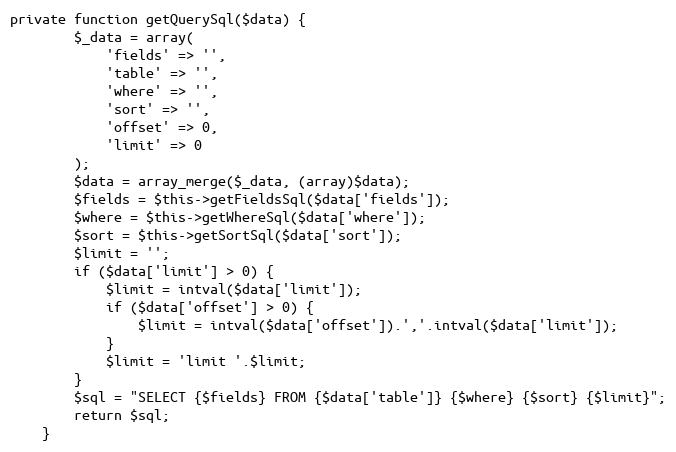
Language: PHP
private function getQuerySql($data) {
		$_data = array(
			'fields' => '',
			'table' => '',
			'where' => '',
			'sort' => '',
			'offset' => 0,
			'limit' => 0
		);
		$data = array_merge($_data, (array)$data);
		$fields = $this->getFieldsSql($data['fields']);
		$where = $this->getWhereSql($data['where']);
		$sort = $this->getSortSql($data['sort']);
		$limit = '';
		if ($data['limit'] > 0) {
			$limit = intval($data['limit']);
			if ($data['offset'] > 0) {
				$limit = intval($data['offset']).','.intval($data['limit']);
			}
			$limit = 'limit '.$limit;
		}
		$sql = "SELECT {$fields} FROM {$data['table']} {$where} {$sort} {$limit}";
		return $sql;
	}